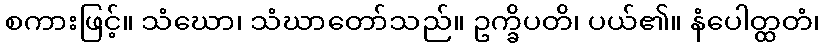
စကားဖြင့်။ သံဃော၊ သံဃာတော်သည်။ ဥက္ခိပတိ၊ ပယ်၏။ နံပေါတ္ထတံ၊